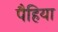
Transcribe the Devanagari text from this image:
पैहिया